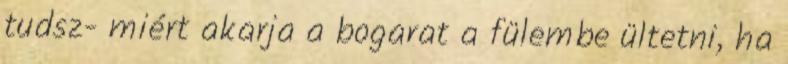
tudsz- miért akarja a bogarat a fülembe ültetni, ha